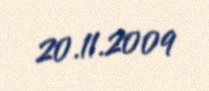
20.11.2009